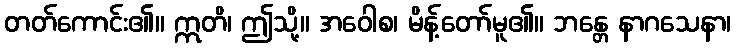
တတ်ကောင်း၏။ ဣတိ၊ ဤသို့။ အဝေါစ၊ မိန့်တော်မူ၏။ ဘန္တေ နာဂသေနာ၊